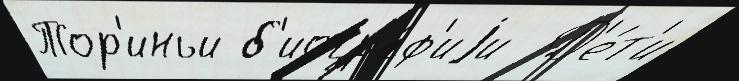
Тор'иньи б'иогра́ф'иjи  Д'е́т'и